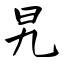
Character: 旯